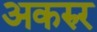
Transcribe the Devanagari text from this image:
अकरुर